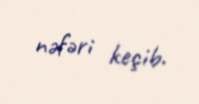
nəfəri keçib.